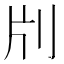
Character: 𠛁